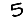
Digit: 5